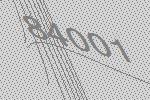
84001